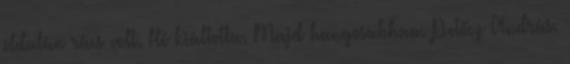
oldalán rács volt. Hé kiáltotta. Majd hangosabban. Petőcz András.